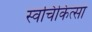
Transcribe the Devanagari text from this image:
स्वचिकित्सा